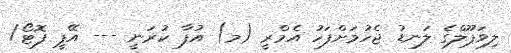
ލިވަޕޫލްގެ ލަނޑު ޖެހުމަށްފަހު އެމްރީ (މ) އުފާ ކުރަނީ --- އޭޕީ ފޮޓޯ/